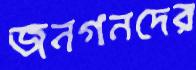
জনগনদের